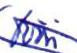
töön